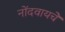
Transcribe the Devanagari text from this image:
नोंदवायचेे